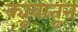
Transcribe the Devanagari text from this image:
क्यूबातून